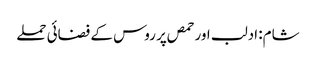
شام: ادلب اور حمص پر روس کے فضائی حملے